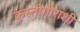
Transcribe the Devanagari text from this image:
कुस्तीगीराशी